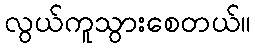
လွယ်ကူသွားစေတယ်။